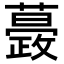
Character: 𧁎